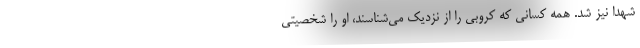
شهدا نیز شد. همه کسانی که کروبی را از نزدیک می‌شناسند، او را شخصیتی